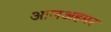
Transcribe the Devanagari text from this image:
आलअहमर